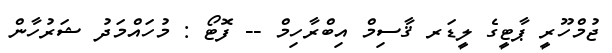
ޖުމްހޫރީ ޕާޓީގެ ލީޑަރ ޤާސިމް އިބްރާހިމް -- ފޮޓޯ : މުހައްމަދު ޝަރުހާން